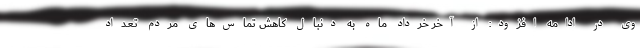
وی در ادامه افزود: از آخر خرداد ماه به دنبال کاهش تماس‌های مردم تعداد